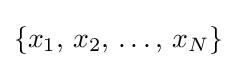
\{x_{1},\,x_{2},\,\ldots ,\,x_{N}\}